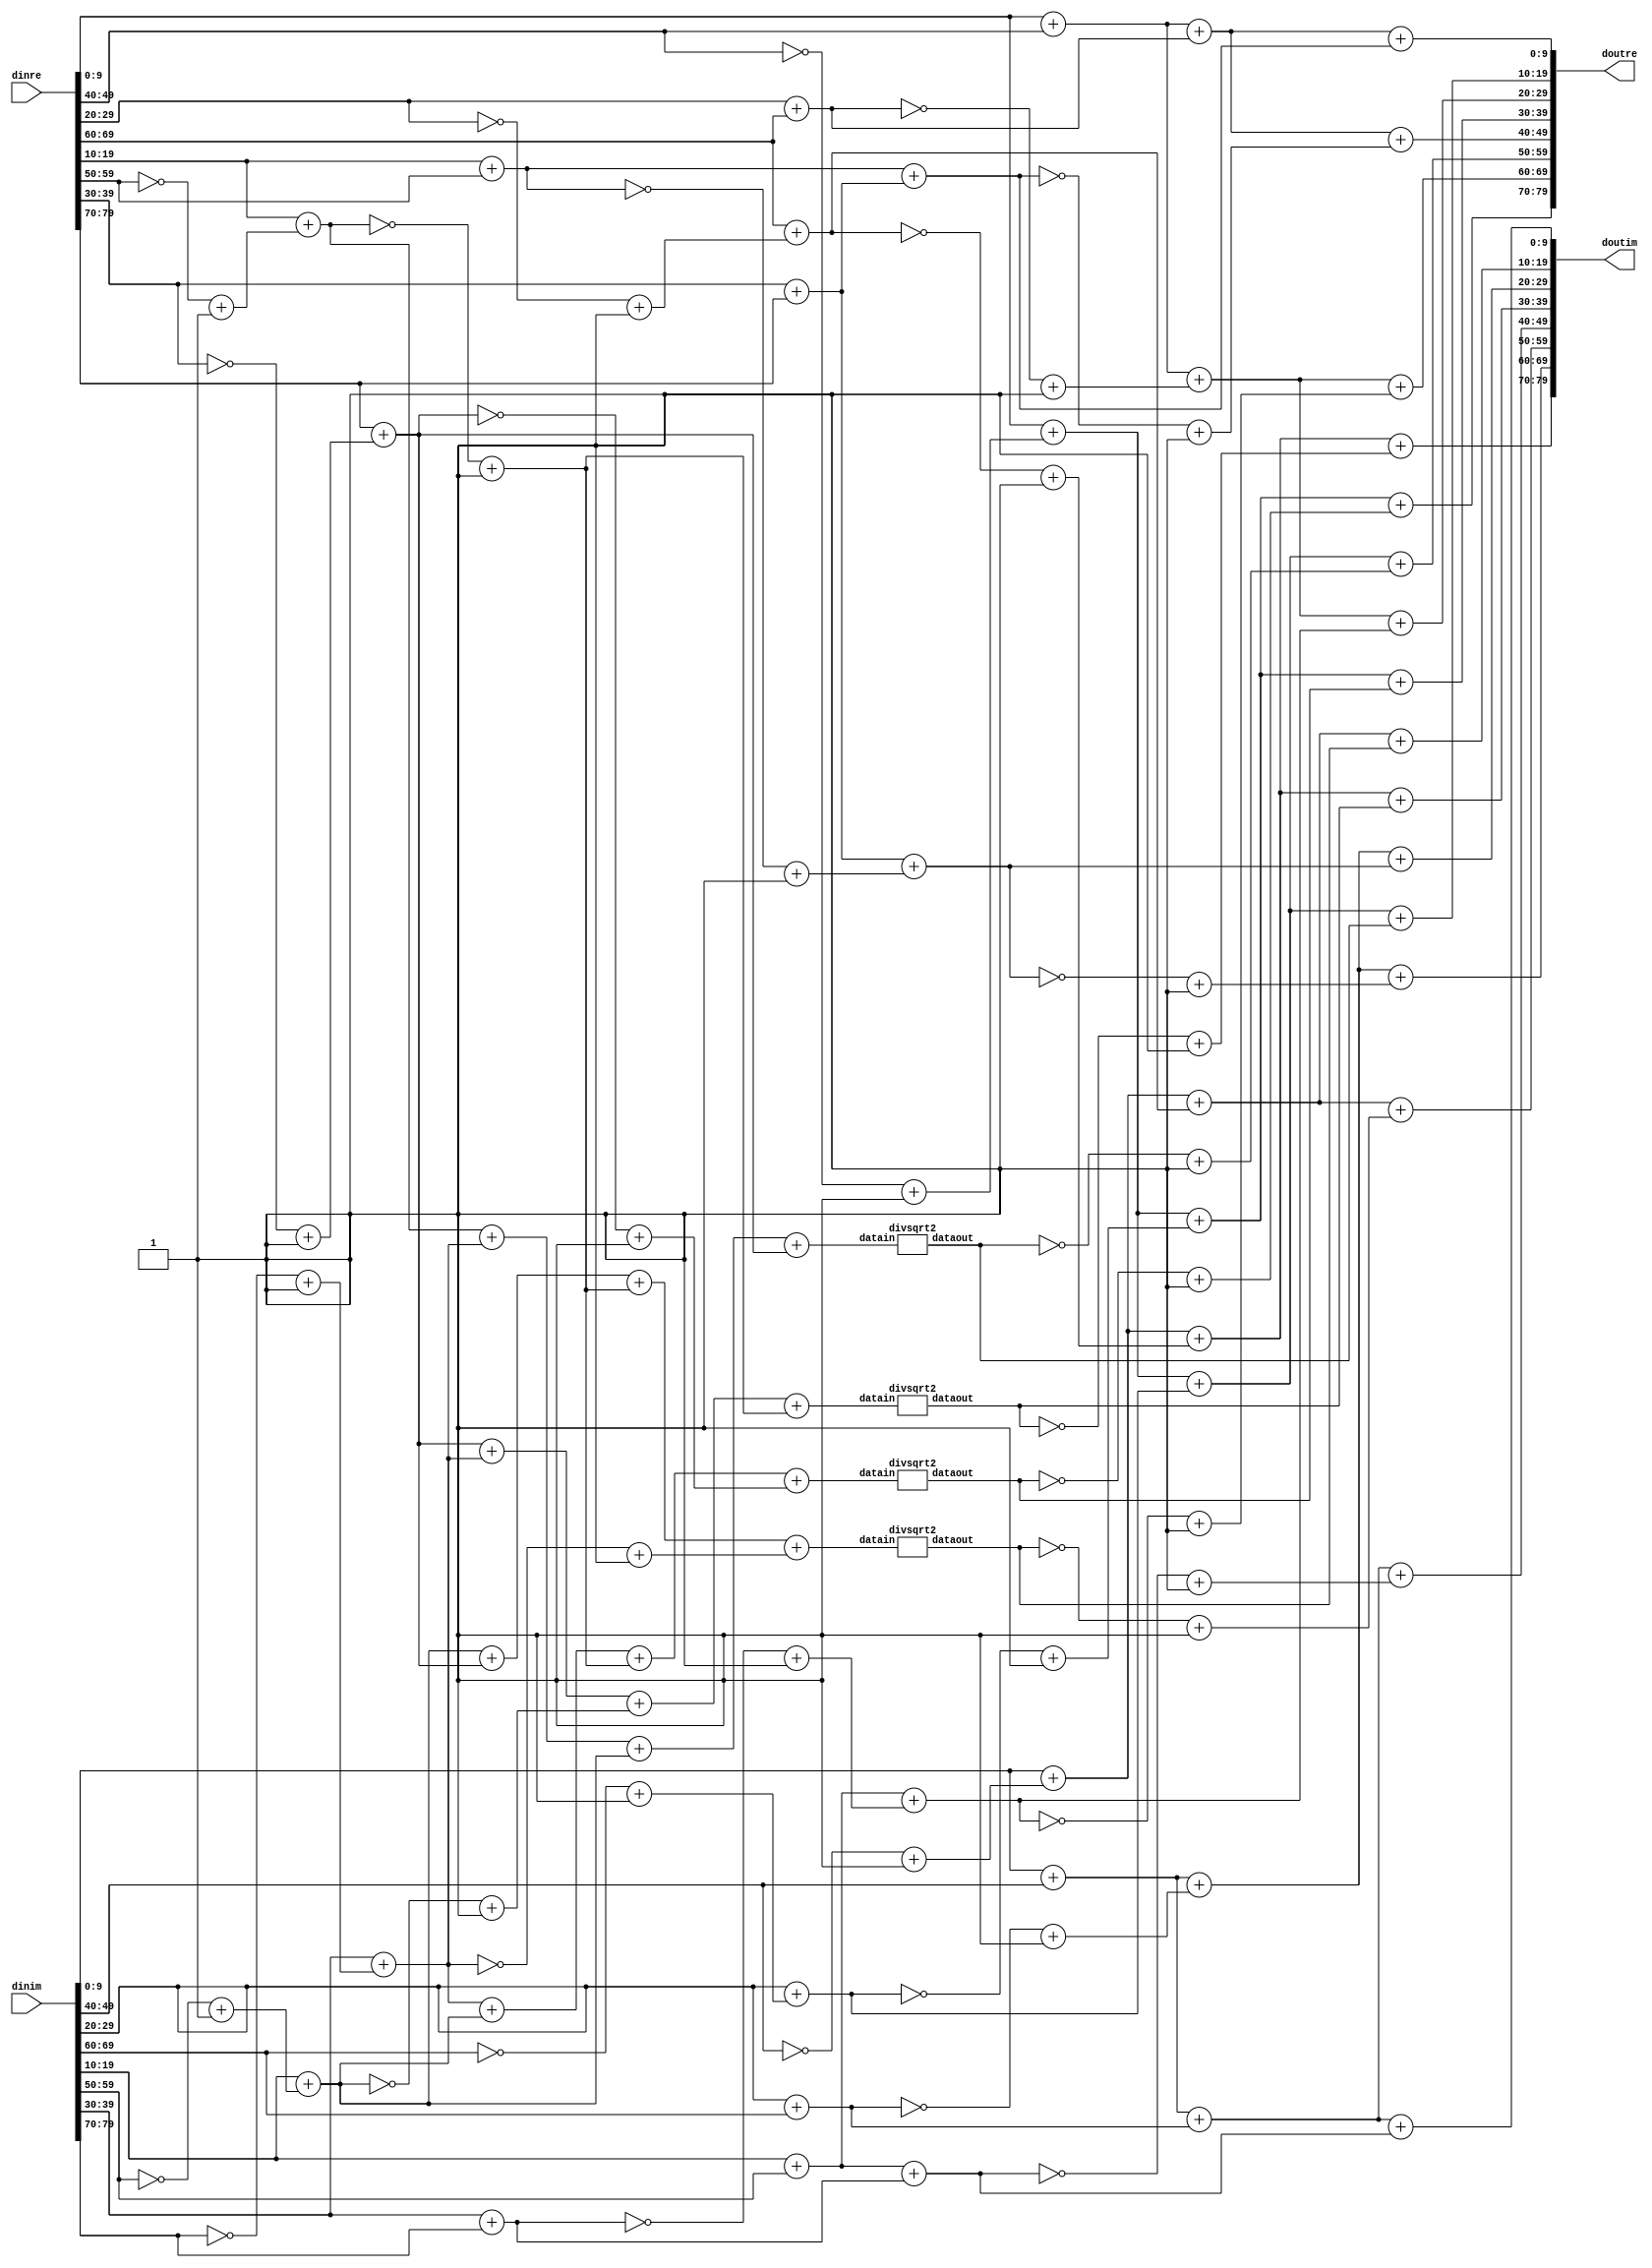
/*
####--PASS--####
*/
// order input
module fft8(
    input [79:0] dinre,
    input [79:0] dinim,
    output [79:0] doutre,
    output [79:0] doutim
);

    wire [9:0] s0re,s0im;
    wire [9:0] s1re,s1im;
    wire [9:0] s2re,s2im;
    wire [9:0] s3re,s3im;
    wire [9:0] s4re,s4im;
    wire [9:0] s5re,s5im;
    wire [9:0] s6re,s6im;
    wire [9:0] s7re,s7im;

    assign s0re = dinre[9:0] + dinre[49:40];
    assign s0im = dinim[9:0] + dinim[49:40];

    assign s1re = dinre[9:0] + (~dinre[49:40]+1);
    assign s1im = dinim[9:0] + (~dinim[49:40]+1);

    assign s2re = dinre[29:20] + dinre[69:60];
    assign s2im = dinim[29:20] + dinim[69:60];

    assign s3re = dinim[29:20] + (~dinim[69:60]+1);
    assign s3im = dinre[69:60] + (~dinre[29:20]+1);

    assign s4re = dinre[19:10] + dinre[59:50];
    assign s4im = dinim[19:10] + dinim[59:50];
    
    assign s5re = dinre[19:10] + (~dinre[59:50]+1);
    assign s5im = dinim[19:10] + (~dinim[59:50]+1);

    assign s6re = dinre[39:30] + dinre[79:70];
    assign s6im = dinim[39:30] + dinim[79:70];

    assign s7re = dinim[39:30] + (~dinim[79:70]+1);
    assign s7im = dinre[79:70] + (~dinre[39:30]+1);

    
    wire [9:0] t0re,t0im;
    wire [9:0] t1re,t1im;
    wire [9:0] t2re,t2im;
    wire [9:0] t3re,t3im;
    wire [9:0] t4re,t4im;
    wire [9:0] t5re,t5im;
    wire [9:0] t6re,t6im;
    wire [9:0] t7re,t7im;

    assign t0re = s0re + s2re;
    assign t0im = s0im + s2im;

    assign t1re = s1re + s3re;
    assign t1im = s1im + s3im;

    assign t2re = s0re + (~s2re+1);
    assign t2im = s0im + (~s2im+1);

    assign t3re = s1re + (~s3re+1);
    assign t3im = s1im + (~s3im+1);

    assign t4re = s4re + s6re;
    assign t4im = s4im + s6im;

    wire [9:0] tempt5re;
    wire [9:0] tempt5im;
    assign tempt5re = s5re + s7re + s5im +s7im;
    assign tempt5im = s5im + s7im + (~s5re+1) + (~s7re+1);
    divsqrt2 mt5re(tempt5re,t5re);
    divsqrt2 mt5im(tempt5im,t5im);

    assign t6re = s4im + (~s6im+1);
    assign t6im = s6re + (~s4re+1);

    wire [9:0] tempt7re;
    wire [9:0] tempt7im;
    assign tempt7re = s7re + s5im + (~s5re+1) + (~s7im+1);
    assign tempt7im = s7im + s7re + (~s5im+1) + (~s5re+1);
    divsqrt2 mt7re(tempt7re,t7re);
    divsqrt2 mt7im(tempt7im,t7im);

    assign doutre[9:0] = t0re + t4re;
    assign doutim[9:0] = t0im + t4im;

    assign doutre[19:10] = t1re + t5re;
    assign doutim[19:10] = t1im + t5im;

    assign doutre[29:20] = t2re + t6re;
    assign doutim[29:20] = t2im + t6im;

    assign doutre[39:30] = t3re + t7re;
    assign doutim[39:30] = t3im + t7im;

    assign doutre[49:40] = t0re + (~t4re+1);
    assign doutim[49:40] = t0im + (~t4im+1);
    
    assign doutre[59:50] = t1re + (~t5re+1);
    assign doutim[59:50] = t1im + (~t5im+1);

    assign doutre[69:60] = t2re + (~t6re+1);
    assign doutim[69:60] = t2im + (~t6im+1);

    assign doutre[79:70] = t3re + (~t7re+1);
    assign doutim[79:70] = t3im + (~t7im+1);

endmodule

module divsqrt2(
    input  [9:0] datain,
    output [9:0] dataout
);
    assign dataout = {datain[9],datain[9:1]} + {{3{datain[9]}},datain[9:2]} + {{4{datain[9]}},datain[9:4]} + {{6{datain[9]}},datain[9:6]} + {{8{datain[9]}},datain[9:8]};
endmodule